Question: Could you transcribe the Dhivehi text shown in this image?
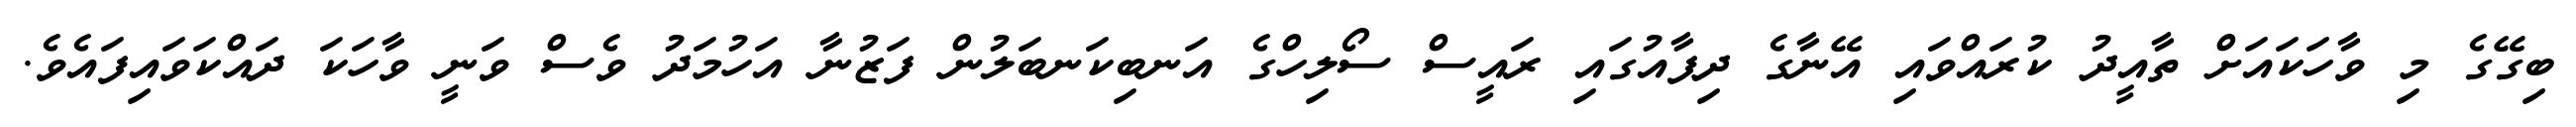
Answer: ބިގޭގެ މި ވާހަކައަށް ތާއީދު ކުރައްވައި އޭނާގެ ދިފާއުގައި ރައީސް ސޯލިހްގެ އަނބިކަނބަލުން ފަޒުނާ އަހުމަދު ވެސް ވަނީ ވާހަކަ ދައްކަވައިފައެވެ.